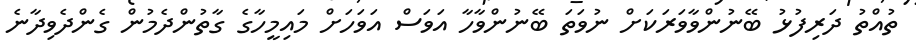
ތުއްތު ދަރިފުޅު ބޭނުންވާވަރަކަށް ނުވަތަ ބޭނުންވާހާ އަވަސް އަވަހަށް މައިމީހާގެ ގާތުންދެމުން ގެންދެވިދާނެ